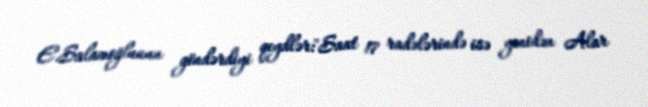
E.Salamoğlunun göndərdiyi qeydlər:"Saat 17 radələrində isə yenidən Alar